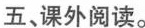
五、课外阅读。